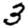
Digit: 3